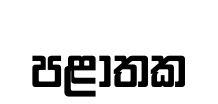
පළාතක